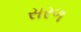
સરળ